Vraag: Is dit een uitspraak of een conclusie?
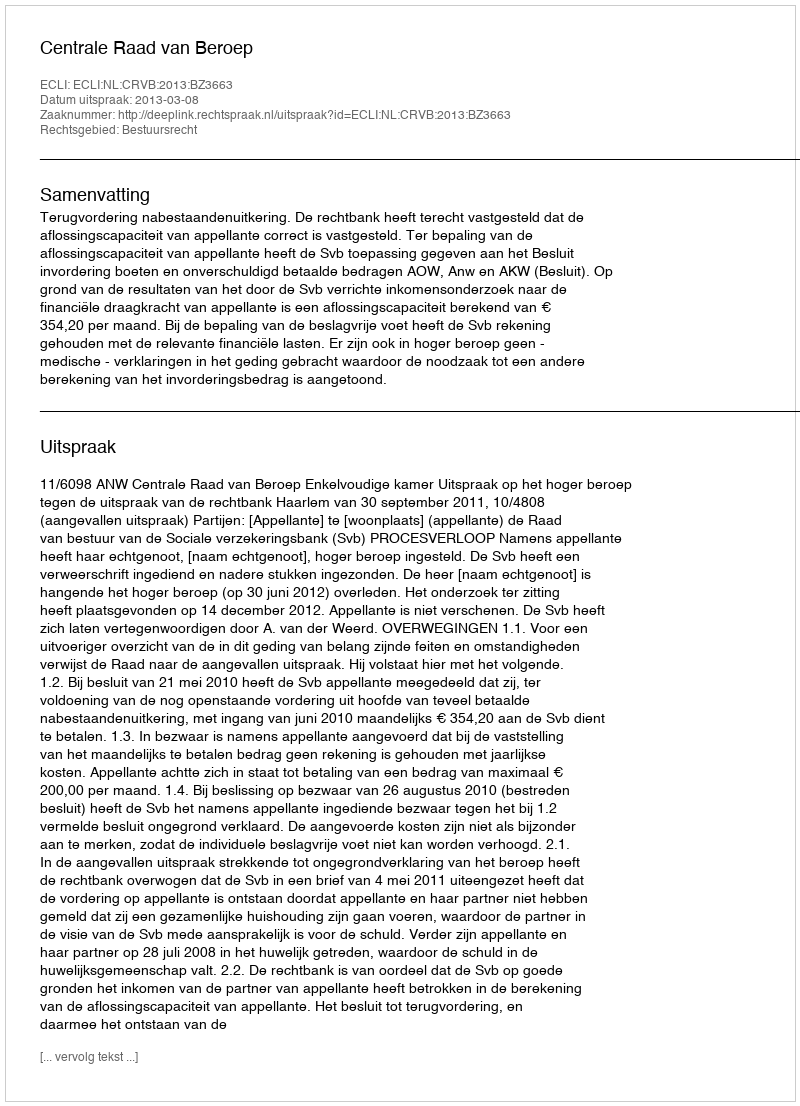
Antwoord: Uitspraak